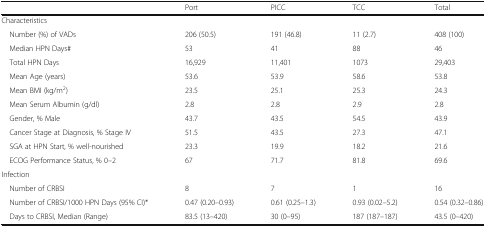
<table><thead><tr><td></td><td><b>Port</b></td><td><b>PICC</b></td><td><b>TCC</b></td><td><b>Total</b></td></tr></thead><tbody><tr><td colspan="5">Characteristics</td></tr><tr><td> Number (%) of VADs</td><td>206 (50.5)</td><td>191 (46.8)</td><td>11 (2.7)</td><td>408 (100)</td></tr><tr><td> Median HPN Days#</td><td>53</td><td>41</td><td>88</td><td>46</td></tr><tr><td> Total HPN Days</td><td>16,929</td><td>11,401</td><td>1073</td><td>29,403</td></tr><tr><td> Mean Age (years)</td><td>53.6</td><td>53.9</td><td>58.6</td><td>53.8</td></tr><tr><td> Mean BMI (kg/m<sup>2</sup>)</td><td>23.5</td><td>25.1</td><td>25.3</td><td>24.3</td></tr><tr><td> Mean Serum Albumin (g/dl)</td><td>2.8</td><td>2.8</td><td>2.9</td><td>2.8</td></tr><tr><td> Gender, % Male</td><td>43.7</td><td>43.5</td><td>54.5</td><td>43.9</td></tr><tr><td> Cancer Stage at Diagnosis, % Stage IV</td><td>51.5</td><td>43.5</td><td>27.3</td><td>47.1</td></tr><tr><td> SGA at HPN Start, % well-nourished</td><td>23.3</td><td>19.9</td><td>18.2</td><td>21.6</td></tr><tr><td> ECOG Performance Status, % 0–2</td><td>67</td><td>71.7</td><td>81.8</td><td>69.6</td></tr><tr><td colspan="5">Infection</td></tr><tr><td> Number of CRBSI</td><td>8</td><td>7</td><td>1</td><td>16</td></tr><tr><td> Number of CRBSI/1000 HPN Days (95% CI)*</td><td>0.47 (0.20–0.93)</td><td>0.61 (0.25–1.3)</td><td>0.93 (0.02–5.2)</td><td>0.54 (0.32–0.86)</td></tr><tr><td> Days to CRBSI, Median (Range)</td><td>83.5 (13–420)</td><td>30 (0–95)</td><td>187 (187–187)</td><td>43.5 (0–420)</td></tr></tbody></table>